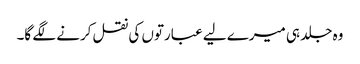
وہ جلد ہی میرے لیے عبارتوں کی نقل کرنے لگے گا۔